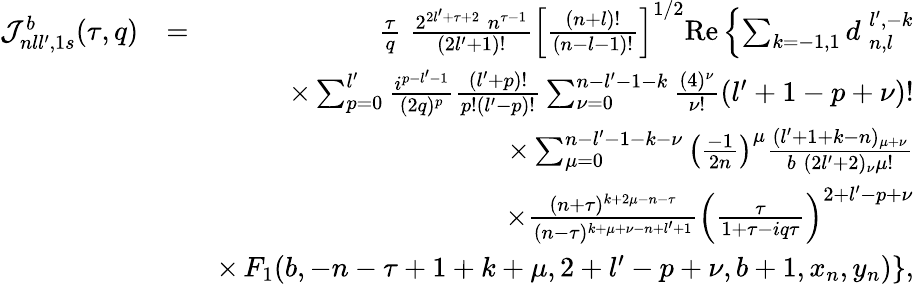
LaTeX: \begin{array}{rlr}{{\cal J}_{nll^{\prime},1s}^{b}(\tau,q)}&{=}&{\frac{\tau}{q}\; \frac{2^{2l^{\prime}+\tau+2}\; n^{\tau-1}}{(2l^{\prime}+1)!}\left[\frac{(n+l)!}{(n-l-1)!}\right]^{1/2}\mathrm{Re}\left\{ \sum_{k=-1,1}d_{\; n,l}^{\; l^{\prime},-k}\right.}\\ &{}&{\times\sum_{p=0}^{l^{\prime}}\frac{i^{p-l^{\prime}-1}}{(2q)^{p}}\frac{(l^{\prime}+p)!}{p!(l^{\prime}-p)!}\sum_{\nu=0}^{n-l^{\prime}-1-k}\frac{(4)^{\nu}}{\nu!}(l^{\prime}+1-p+\nu)!}\\ &{}&{\times\sum_{\mu=0}^{n-l^{\prime}-1-k-\nu}\left(\frac{-1}{2n}\right)^{\mu}\frac{(l^{\prime}+1+k-n)_{\mu+\nu}}{b\; (2l^{\prime}+2)_{\nu}\mu!}}\\ &{}&{\times\frac{(n+\tau)^{k+2\mu-n-\tau}}{(n-\tau)^{k+\mu+\nu-n+l^{\prime}+1}}\left(\frac{\tau}{1+\tau-iq\tau}\right)^{2+l^{\prime}-p+\nu}}\\ &{}&{\times\left.F_{1}(b,-n-\tau+1+k+\mu,2+l^{\prime}-p+\nu,b+1,x_{n},y_{n})\right\} ,}\end{array}